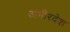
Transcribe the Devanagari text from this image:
अभीरदेश